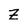
Character: Z